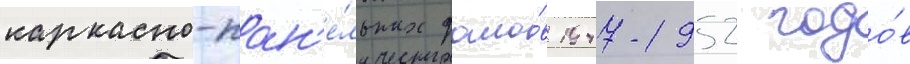
каркасно-пан'е́льных домо́в 1947-1952 годо́в